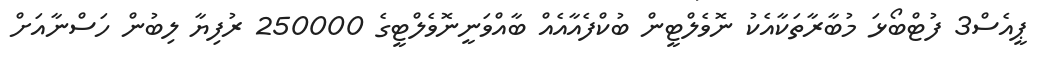
ޕީއެސް3 ފުޓްބޯޅަ މުބާރާތަކާއެކު ނޮވެލްޓީން ބުކްފެއާއެއް ބާއްވަނީނޮވެލްޓީގެ 250000 ރުފިޔާ ލިބުން ހަސްނާއަށް